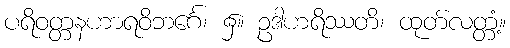
ပရိဝတ္တနဟာရဝိဘင်္ဂေ၊ ၌။ ဥဒါဟရိဿတိ၊ ထုတ်လတ္တံ့။